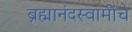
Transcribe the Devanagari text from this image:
ब्रह्मानंदस्वामींचे